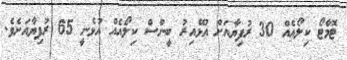
ޓޮމާޓޯ ކިލޯއެއް 30 ރުފިޔާއަށް އުޅޭއިރު ބީންސް ކިލޯއެއް އުޅެނީ 65 ރުފިޔާއަށެވެ.